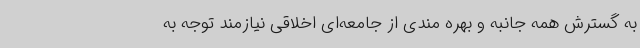
به گسترش همه جانبه و بهره مندی از جامعه‌ای اخلاقی نیازمند توجه به